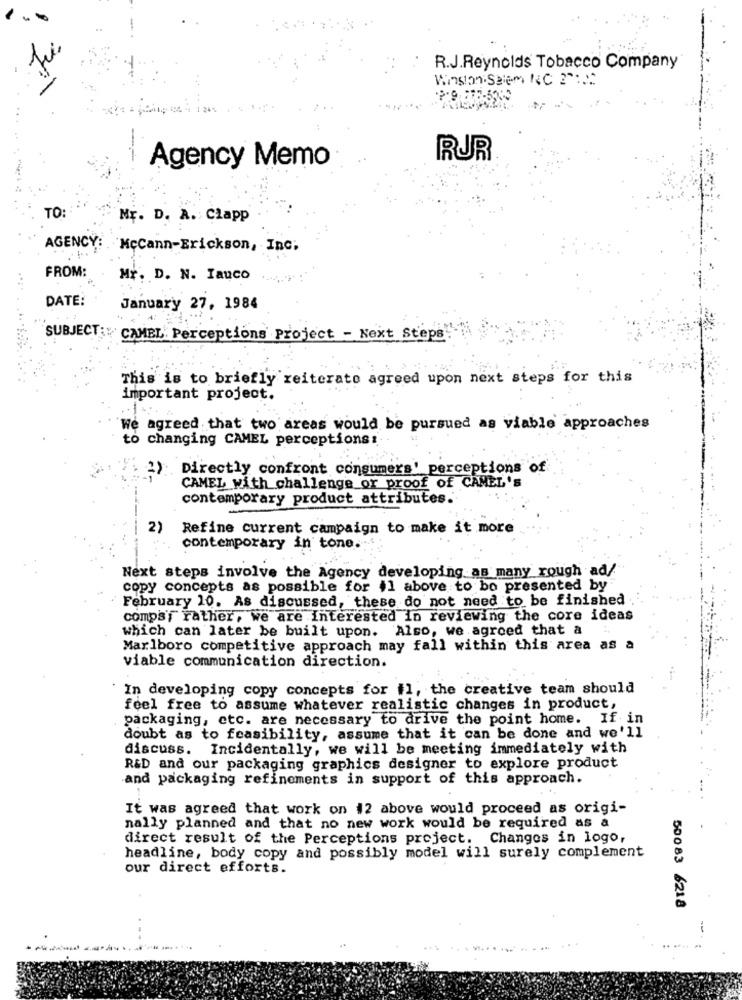
R.J.Reynolds Tobacco Company
Winston Salem NC 2":2.
1 265
Agency Memo
RUR
TO:
Mr. D. A. Clapp
AGENCY: McCann-Erickson, Inc;
FROM:
Mr. D. N. Iauco
DATE:
January 27, 1984
SUBJECT: CAMEL Perceptions Project - Next Steps
.......
This is to briefly reiterate agreed upon next steps for this
important project.
...
We agreed that two areas would be pursued as viable approaches
to changing CAMEL perceptions:
Directly confront consumers' perceptions of
2):
CAMEL with challenge or proof of CAMEL's
contemporary product attributes.
-----
2)
Refine current campaign to make it more
contemporary in tone.
Next steps involve the Agency developing as many rough ad/
copy concepts as possible for +1 above to bo presented by
February 10. As discussed, these do not need to be finished
comps'y rather, we are interested in reviewing the core ideas
which can later be built upon. Also, we agreed that a
Marlboro competitive approach may fall within this area as a
viable communication direction.
In developing copy concepts for #1, the creative team should
feel free to assume whatever realistic changes in product,
packaging, etc. are necessary to drive the point home. If in
doubt as to feasibility, assume that it can be done and we'll
discuss. Incidentally, we will be meeting immediately with
R&D and our packaging graphics designer to explore product
and packaging refinements in support of this approach.
It was agreed that work on 12 above would proceed as origi-
nally planned and that no new work would be required as a
direct result of the Perceptions project. Changes in logo,
headline, body copy and possibly model will surely complement
our direct efforts.
50083 6218